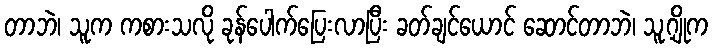
တာဘဲ၊ သူက ကစားသလို ခုန်ပေါက်ပြေးလာပြီး ခတ်ချင်ယောင် ဆောင်တာဘဲ၊ သူ့ဂျိုက